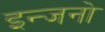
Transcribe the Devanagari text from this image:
इन्जनो